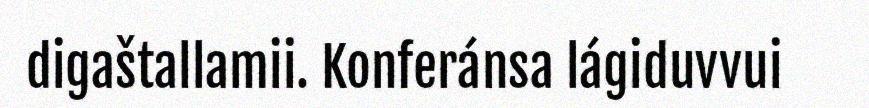
digaštallamii. Konferánsa lágiduvvui